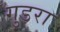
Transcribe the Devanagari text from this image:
गुडरा